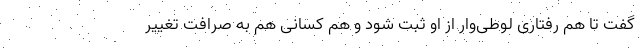
گفت تا هم رفتاری لوطی‌وار از او ثبت شود و هم کسانی هم به صرافت تغییر